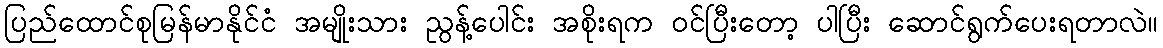
ပြည်ထောင်စုမြန်မာနိုင်ငံ အမျိုးသား ညွန့်ပေါင်း အစိုးရက ဝင်ပြီးတော့ ပါပြီး ဆောင်ရွက်ပေးရတာလဲ။